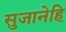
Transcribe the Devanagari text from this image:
सुजानेहि